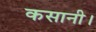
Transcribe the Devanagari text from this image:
कसानी।